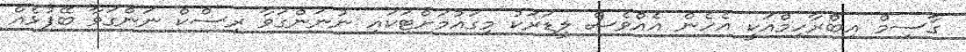
ގާސިމް އިބްރާހިމްއަކީ އެހެން އެއްވެސް ލީޑަރަކު މިގައުމަށްޓަކައި ނުނަންގަވާ ރިސްކް ނަންގަވާ ބޭފުޅެއް